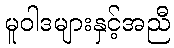
မူဝါဒများနှင့်အညီ